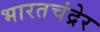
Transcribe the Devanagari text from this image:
भारतचंद्रेर